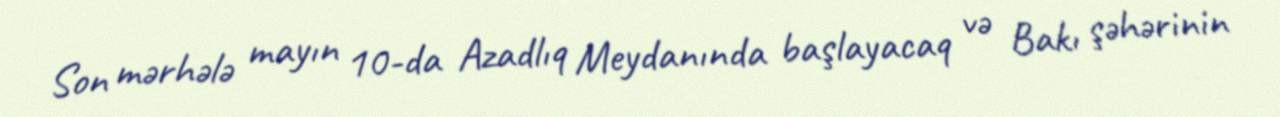
Son mərhələ mayın 10-da Azadlıq Meydanında başlayacaq və Bakı şəhərinin